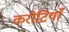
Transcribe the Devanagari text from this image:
करोटियाँ